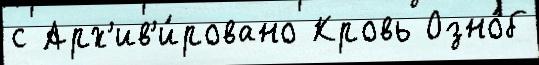
с Арх'ив'и́ровано Кровь Озно́б